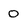
Character: O